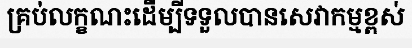
គ្រប់លក្ខណះដើម្បីទទួលបានសេវាកម្មខ្ពស់